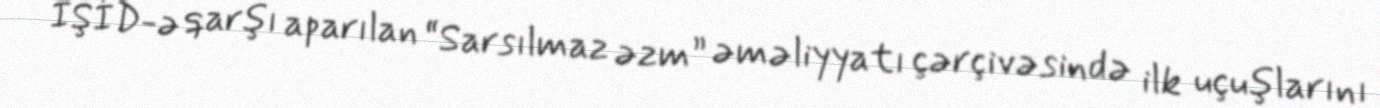
İŞİD-ə qarşı aparılan “Sarsılmaz əzm” əməliyyatı çərçivəsində ilk uçuşlarını